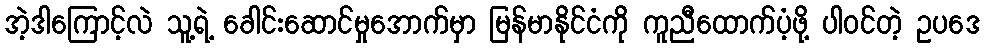
အဲ့ဒါကြောင့်လဲ သူ့ရဲ့ ခေါင်းဆောင်မှုအောက်မှာ မြန်မာနိုင်ငံကို ကူညီထောက်ပံ့ဖို့ ပါဝင်တဲ့ ဥပဒေ